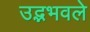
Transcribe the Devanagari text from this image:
उद्भभवले